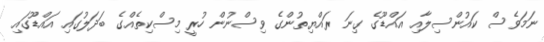
ނަމަވެސް ކައުންސިލާއި އައްޑޫގެ ގިނަ ރައްޔިތުންގެ ވިސްނުން ހުރީ މިސްކިތެއްގެ ބަދަލުގައި އައްޑޫގައި